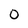
Character: 0